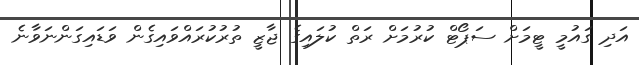
އަދި ގައުމީ ޓީމަށް ސަޕޯޓް ކުރުމަށް ރަތް ކުލައިގެ ޖާޒީ ތުރުކުރައްވައިގެން ވަޑައިގަންނަވާނެ